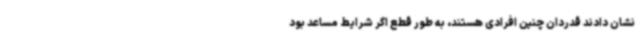
نشان دادند قدردان چنین افرادی هستند، به طور قطع اگر شرایط مساعد بود